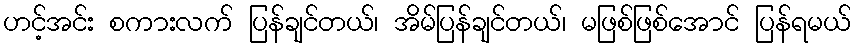
ဟင့်အင်း စကားလက် ပြန်ချင်တယ်၊ အိမ်ပြန်ချင်တယ်၊ မဖြစ်ဖြစ်အောင် ပြန်ရမယ်